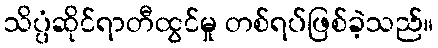
သိပ္ပံဆိုင်ရာတီထွင်မှု တစ်ရပ်ဖြစ်ခဲ့သည်။